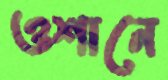
ওশানে